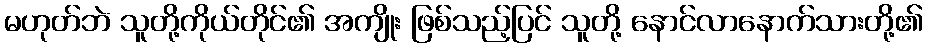
မဟုတ်ဘဲ သူတို့ကိုယ်တိုင်၏ အကျိုး ဖြစ်သည့်ပြင် သူတို့ နောင်လာနောက်သားတို့၏